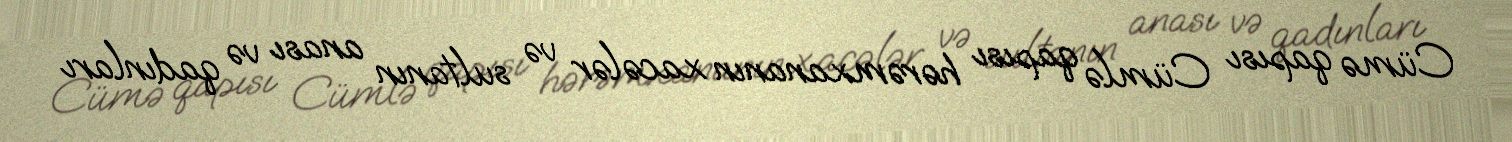
Cümə qapısı Cümlə qapısı hərəmxananın xacələr və sultanın anası və qadınları